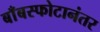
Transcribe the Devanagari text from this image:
बाँबस्फोटानंतर